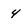
Character: 4